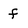
Character: f